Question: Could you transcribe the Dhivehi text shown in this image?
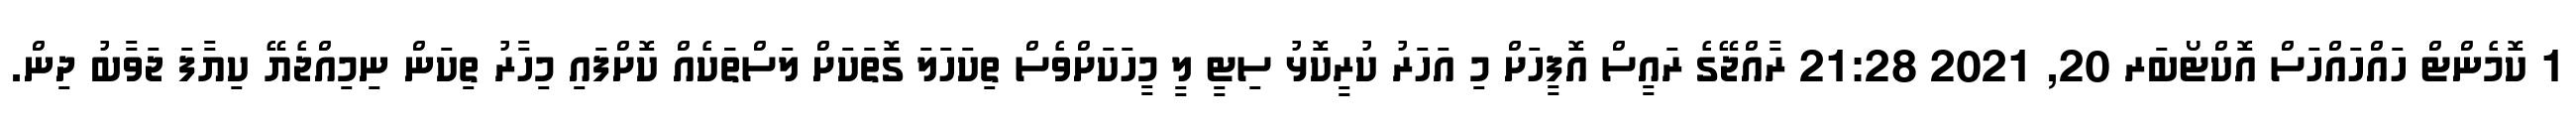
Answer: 1 ކޮމެންޓް ހައްހައްހަސް އޮކްޓޯބަރ 20, 2021 21:28 ރާއްޖޭގެ ރައީސް އޮފީހަށް މި އަހަރު ކުރީކޮޅު ސިޓީ ލީ މީހަކަށްވެސް ތިކަހަލަ ގޮތަކަށް ލަސްތަަކެއް ކޮށްފައި މިހާރު ތިކަން ނިމިއްޖެޔޭ ކިޔާފަ ޖަވާބު ދިން.